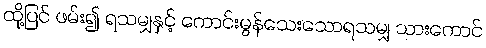
ထို့ပြင် ဖမ်း၍ ရသမျှနှင့် ကောင်းမွန်သေးသောရသမျှ သားကောင်